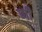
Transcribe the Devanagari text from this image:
णी